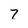
Character: 7